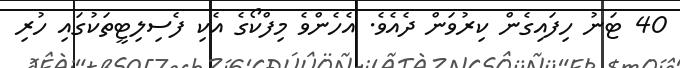
40 ޓަނު ހިފައިގެން ކިރުވަން ދެއެވެ. އެހެންވެ މިފްކޯގެ އެކި ފެސިލިޓީތަކުގައި ހުރި